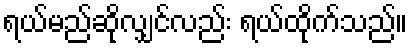
ရယ်မည်ဆိုလျှင်လည်း ရယ်ထိုက်သည်။